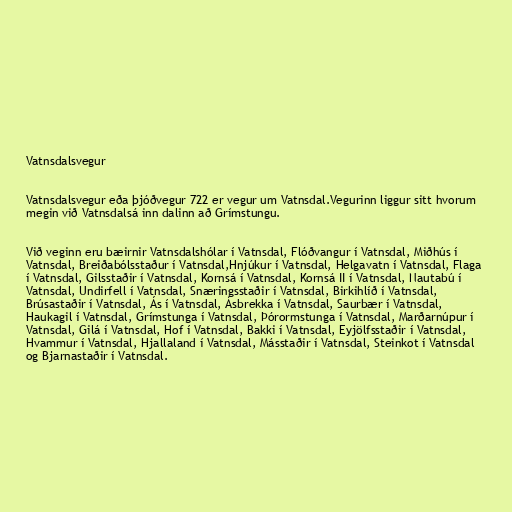
Vatnsdalsvegur

Vatnsdalsvegur eða þjóðvegur 722 er vegur um Vatnsdal.Vegurinn liggur sitt hvorum
megin við Vatnsdalsá inn dalinn að Grímstungu.

Við veginn eru bæirnir Vatnsdalshólar í Vatnsdal, Flóðvangur í Vatnsdal, Miðhús í
Vatnsdal, Breiðabólsstaður í Vatnsdal,Hnjúkur í Vatnsdal, Helgavatn í Vatnsdal, Flaga
í Vatnsdal, Gilsstaðir í Vatnsdal, Kornsá í Vatnsdal, Kornsá II í Vatnsdal, Nautabú í
Vatnsdal, Undirfell í Vatnsdal, Snæringsstaðir í Vatnsdal, Birkihlíð í Vatnsdal,
Brúsastaðir í Vatnsdal, Ás í Vatnsdal, Ásbrekka í Vatnsdal, Saurbær í Vatnsdal,
Haukagil í Vatnsdal, Grímstunga í Vatnsdal, Þórormstunga í Vatnsdal, Marðarnúpur í
Vatnsdal, Gilá í Vatnsdal, Hof í Vatnsdal, Bakki í Vatnsdal, Eyjölfsstaðir í Vatnsdal,
Hvammur í Vatnsdal, Hjallaland í Vatnsdal, Másstaðir í Vatnsdal, Steinkot í Vatnsdal
og Bjarnastaðir í Vatnsdal.